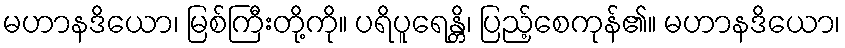
မဟာနဒိယော၊ မြစ်ကြီးတို့ကို။ ပရိပူရေန္တိ၊ ပြည့်စေကုန်၏။ မဟာနဒိယော၊